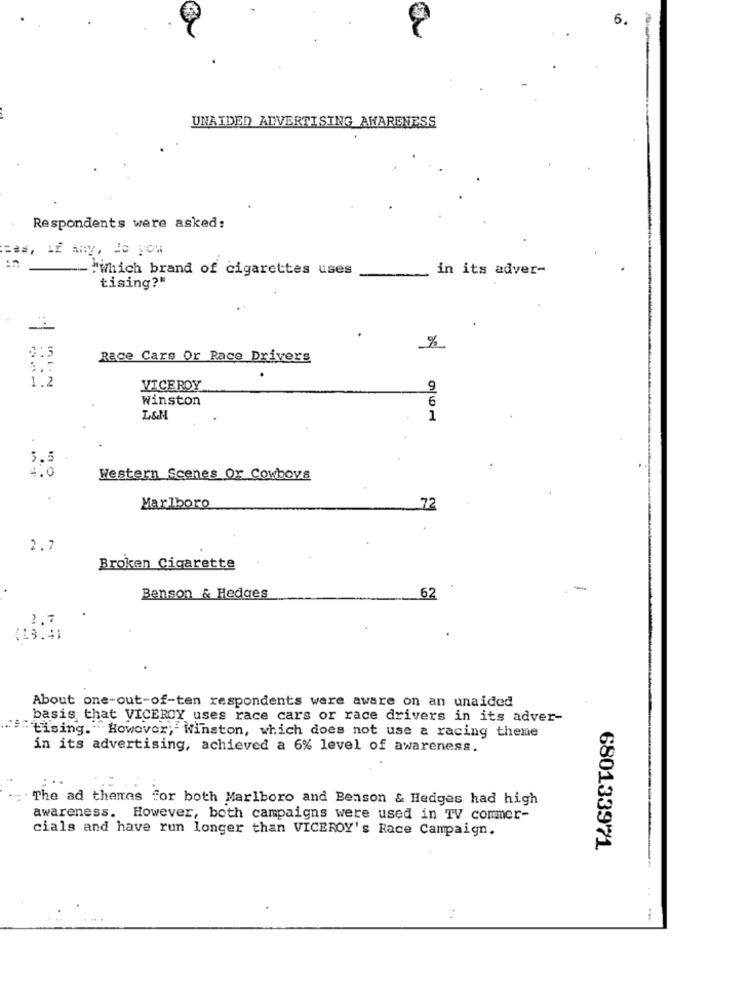
6.
UNAIDED ADVERTISING AWARENESS
Respondents were asked:
=as, LE Any, Jo you
-- "Which brand of cigarettes uses
in its adver-
tising?"
%
Race Cars Or Race Drivers
1.2
VICEROY
9
Winston
6
L&M
1
5.5
4.0
Western Scenes Or Cowboys
Marlboro
72
2.7
Broken Cigarette
-
Benson & Hedges
62
1,7
(13.4
About one-out-of-ten respondents were aware on an unaided
basis that VICEROY uses race cars or race drivers in its adver-
" Lising. However; Winston, which does not use a racing theme
in its advertising, achieved a 6% level of awareness.
. ..
The ad themes for both Marlboro and Benson & Hedges had high
awareness. However, both campaigns were used in TV commer-
cials and have run longer than VICEROY's Race Campaign.
680133971